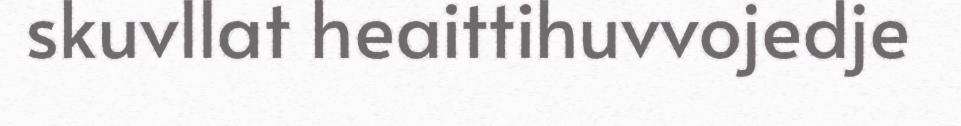
skuvllat heaittihuvvojedje